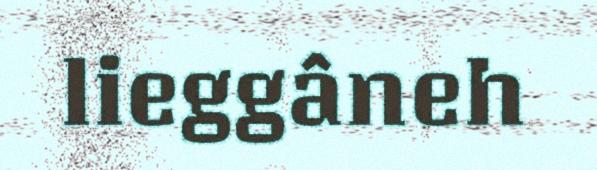
lieggâneh